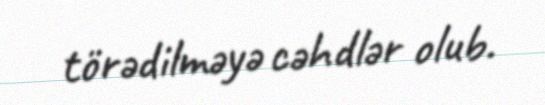
törədilməyə cəhdlər olub.